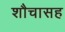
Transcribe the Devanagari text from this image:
शौचासह